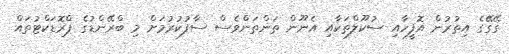
ގޭގޭގެ އިތުރުން އޮފީހާއި ސުކޫލްތަކާއި އެނޫން ތަންތަންވެސް ސާފުކުރުމަށް މި ބްރޭންޑުގެ ޕްރޮޑަކްޓުތައް